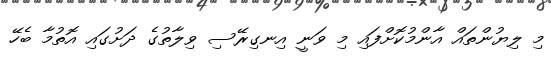
މި ލިޔުންތައް އާންމުކޮށްފައި މި ވަނީ އިނގިރޭސި ވިލާތުގެ ދަށުގައި އޮތުމާ ބެހޭ